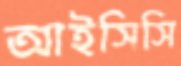
আইসিসি